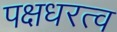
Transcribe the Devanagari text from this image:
पक्षधरत्व